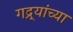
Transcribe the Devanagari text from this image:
गद्र्‍यांच्या